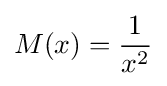
M(x)={\frac {1}{x^{2}}}